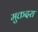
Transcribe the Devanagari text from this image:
मुक्तदरा